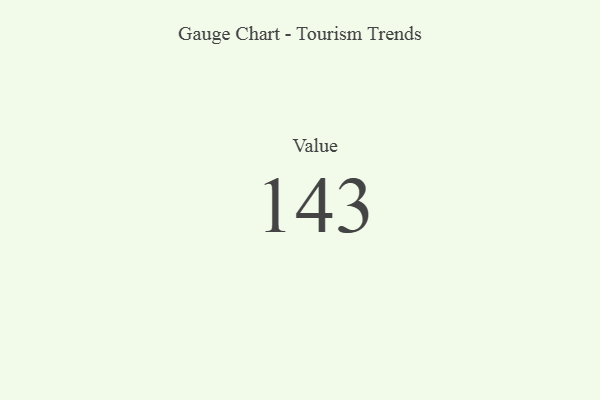
{"axis": {"x": "Metric", "y": "Value"}, "legend": [""], "data": [{"x": "Value", "y": 143, "type": ""}]}